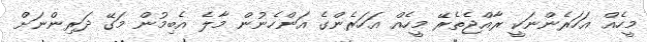
މީހެއް އަހަރެންނަކީ ރާއްޖެތެރޭ މީހެއް އަހަރެންގެ އަންހެނުން މާލެ އެބިމުން މަގޭ ދަރިންނަށް